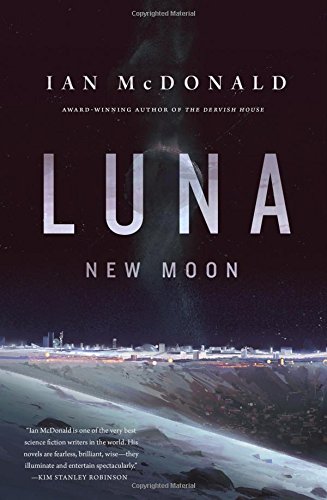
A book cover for Luna: New Moon; Ian McDonald; Science Fiction & Fantasy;